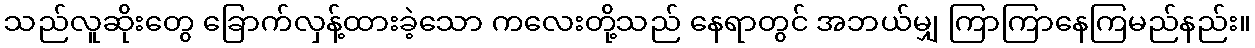
သည်လူဆိုးတွေ ခြောက်လှန့်ထားခဲ့သော ကလေးတို့သည် နေရာတွင် အဘယ်မျှ ကြာကြာနေကြမည်နည်း။